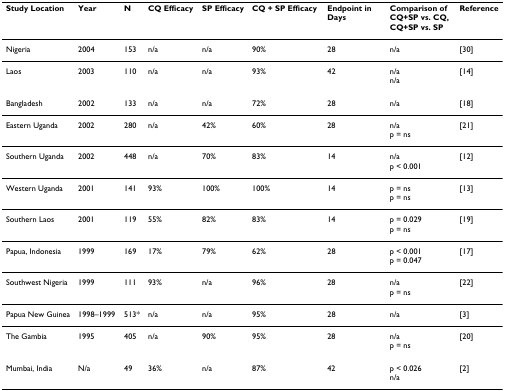
<table><thead><tr><td><b>Study Location</b></td><td><b>Year</b></td><td><b>N</b></td><td><b>CQ Efficacy</b></td><td><b>SP Efficacy</b></td><td><b>CQ + SP Efficacy</b></td><td><b>Endpoint in Days</b></td><td><b>Comparison of CQ+SP vs. CQ, CQ+SP vs. SP</b></td><td><b>Reference</b></td></tr></thead><tbody><tr><td>Nigeria</td><td>2004</td><td>153</td><td>n/a</td><td>n/a</td><td>90%</td><td>28</td><td>n/a</td><td>[30]</td></tr><tr><td>Laos</td><td>2003</td><td>110</td><td>n/a</td><td>n/a</td><td>93%</td><td>42</td><td>n/an/a</td><td>[14]</td></tr><tr><td>Bangladesh</td><td>2002</td><td>133</td><td>n/a</td><td>n/a</td><td>72%</td><td>28</td><td>n/a</td><td>[18]</td></tr><tr><td>Eastern Uganda</td><td>2002</td><td>280</td><td>n/a</td><td>42%</td><td>60%</td><td>28</td><td>n/ap = ns</td><td>[21]</td></tr><tr><td>Southern Uganda</td><td>2002</td><td>448</td><td>n/a</td><td>70%</td><td>83%</td><td>14</td><td>n/ap &lt; 0.001</td><td>[12]</td></tr><tr><td>Western Uganda</td><td>2001</td><td>141</td><td>93%</td><td>100%</td><td>100%</td><td>14</td><td>p = nsp = ns</td><td>[13]</td></tr><tr><td>Southern Laos</td><td>2001</td><td>119</td><td>55%</td><td>82%</td><td>83%</td><td>14</td><td>p = 0.029p = ns</td><td>[19]</td></tr><tr><td>Papua, Indonesia</td><td>1999</td><td>169</td><td>17%</td><td>79%</td><td>62%</td><td>28</td><td>p &lt; 0.001p = 0.047</td><td>[17]</td></tr><tr><td>Southwest Nigeria</td><td>1999</td><td>111</td><td>93%</td><td>n/a</td><td>96%</td><td>28</td><td>n/ap = ns</td><td>[22]</td></tr><tr><td>Papua New Guinea</td><td>1998–1999</td><td>513*</td><td>n/a</td><td>n/a</td><td>95%</td><td>28</td><td>n/a</td><td>[3]</td></tr><tr><td>The Gambia</td><td>1995</td><td>405</td><td>n/a</td><td>90%</td><td>95%</td><td>28</td><td>n/ap = ns</td><td>[20]</td></tr><tr><td>Mumbai, India</td><td>N/a</td><td>49</td><td>36%</td><td>n/a</td><td>87%</td><td>42</td><td>p &lt; 0.026n/a</td><td>[2]</td></tr></tbody></table>